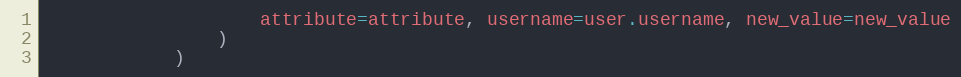
Language: Python
                    attribute=attribute, username=user.username, new_value=new_value
                )
            )